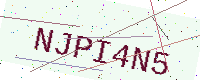
Text: NJPI4N5